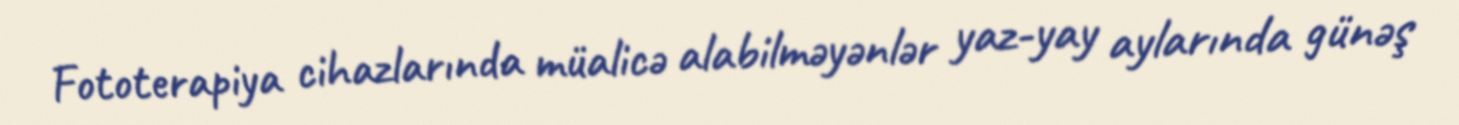
Fototerapiya cihazlarında müalicə alabilməyənlər yaz-yay aylarında günəş